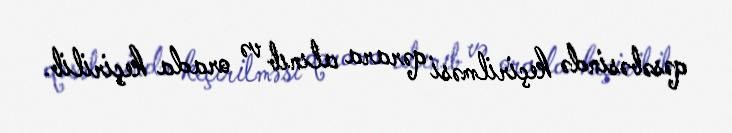
qəsəbəsində keçirilməsi qərara alınıb və orada keçirilib.